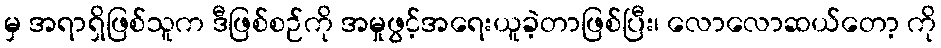
မှ အရာရှိဖြစ်သူက ဒီဖြစ်စဉ်ကို အမှုဖွင့်အရေးယူခဲ့တာဖြစ်ပြီး၊ လောလောဆယ်တော့ ကို